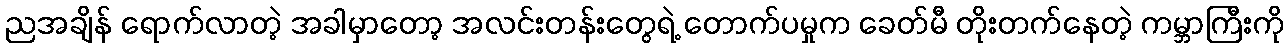
ညအချိန် ရောက်လာတဲ့ အခါမှာတော့ အလင်းတန်းတွေရဲ့ တောက်ပမှုက ခေတ်မီ တိုးတက်နေတဲ့ ကမ္ဘာကြီးကို